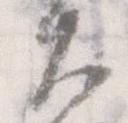
大